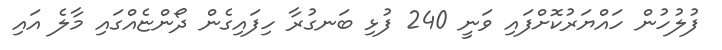
ފުލުހުުން ހައްޔަރުކޮށްފައި ވަނީ 240 ފުޅި ބަނގުރާ ހިފައިގެން ދޯންޏެއްގައި މާލެ އައި